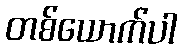
တစ်ယောက်ပါ